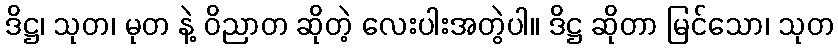
ဒိဋ္ဌ၊ သုတ၊ မုတ နဲ့ ဝိညာတ ဆိုတဲ့ လေးပါးအတွဲပါ။ ဒိဋ္ဌ ဆိုတာ မြင်သော၊ သုတ